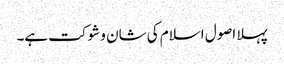
پہلا اصول اسلام کی شان و شوکت ہے۔